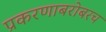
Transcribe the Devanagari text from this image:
प्रकरणाबरोबरच